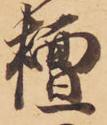
檀